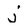
Character: j